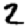
Digit: 2